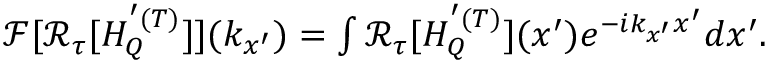
\begin{array} { r } { \mathcal { F } [ \mathcal { R } _ { \tau } [ H _ { Q } ^ { ' ( T ) } ] ] ( k _ { x ^ { \prime } } ) = \int \mathcal { R } _ { \tau } [ H _ { Q } ^ { ' ( T ) } ] ( x ^ { \prime } ) e ^ { - i k _ { x ^ { \prime } } x ^ { \prime } } d x ^ { \prime } . } \end{array}